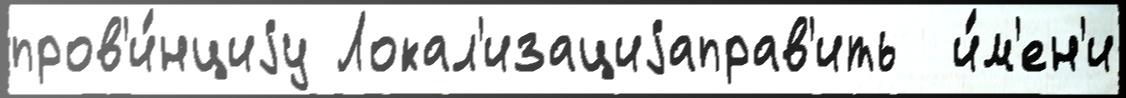
пров'и́нциjу Локал'изациjаправ'ить  и́м'ен'и